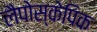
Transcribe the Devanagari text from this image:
लैपोस्केपिक